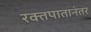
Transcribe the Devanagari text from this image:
रक्तपातानंतर